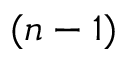
( n - 1 )